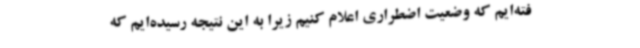
فته‌ایم که وضعیت اضطراری اعلام کنیم زیرا به این نتیجه رسیده‌ایم که